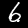
Label: 6